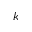
k